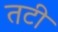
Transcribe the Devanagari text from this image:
तटी